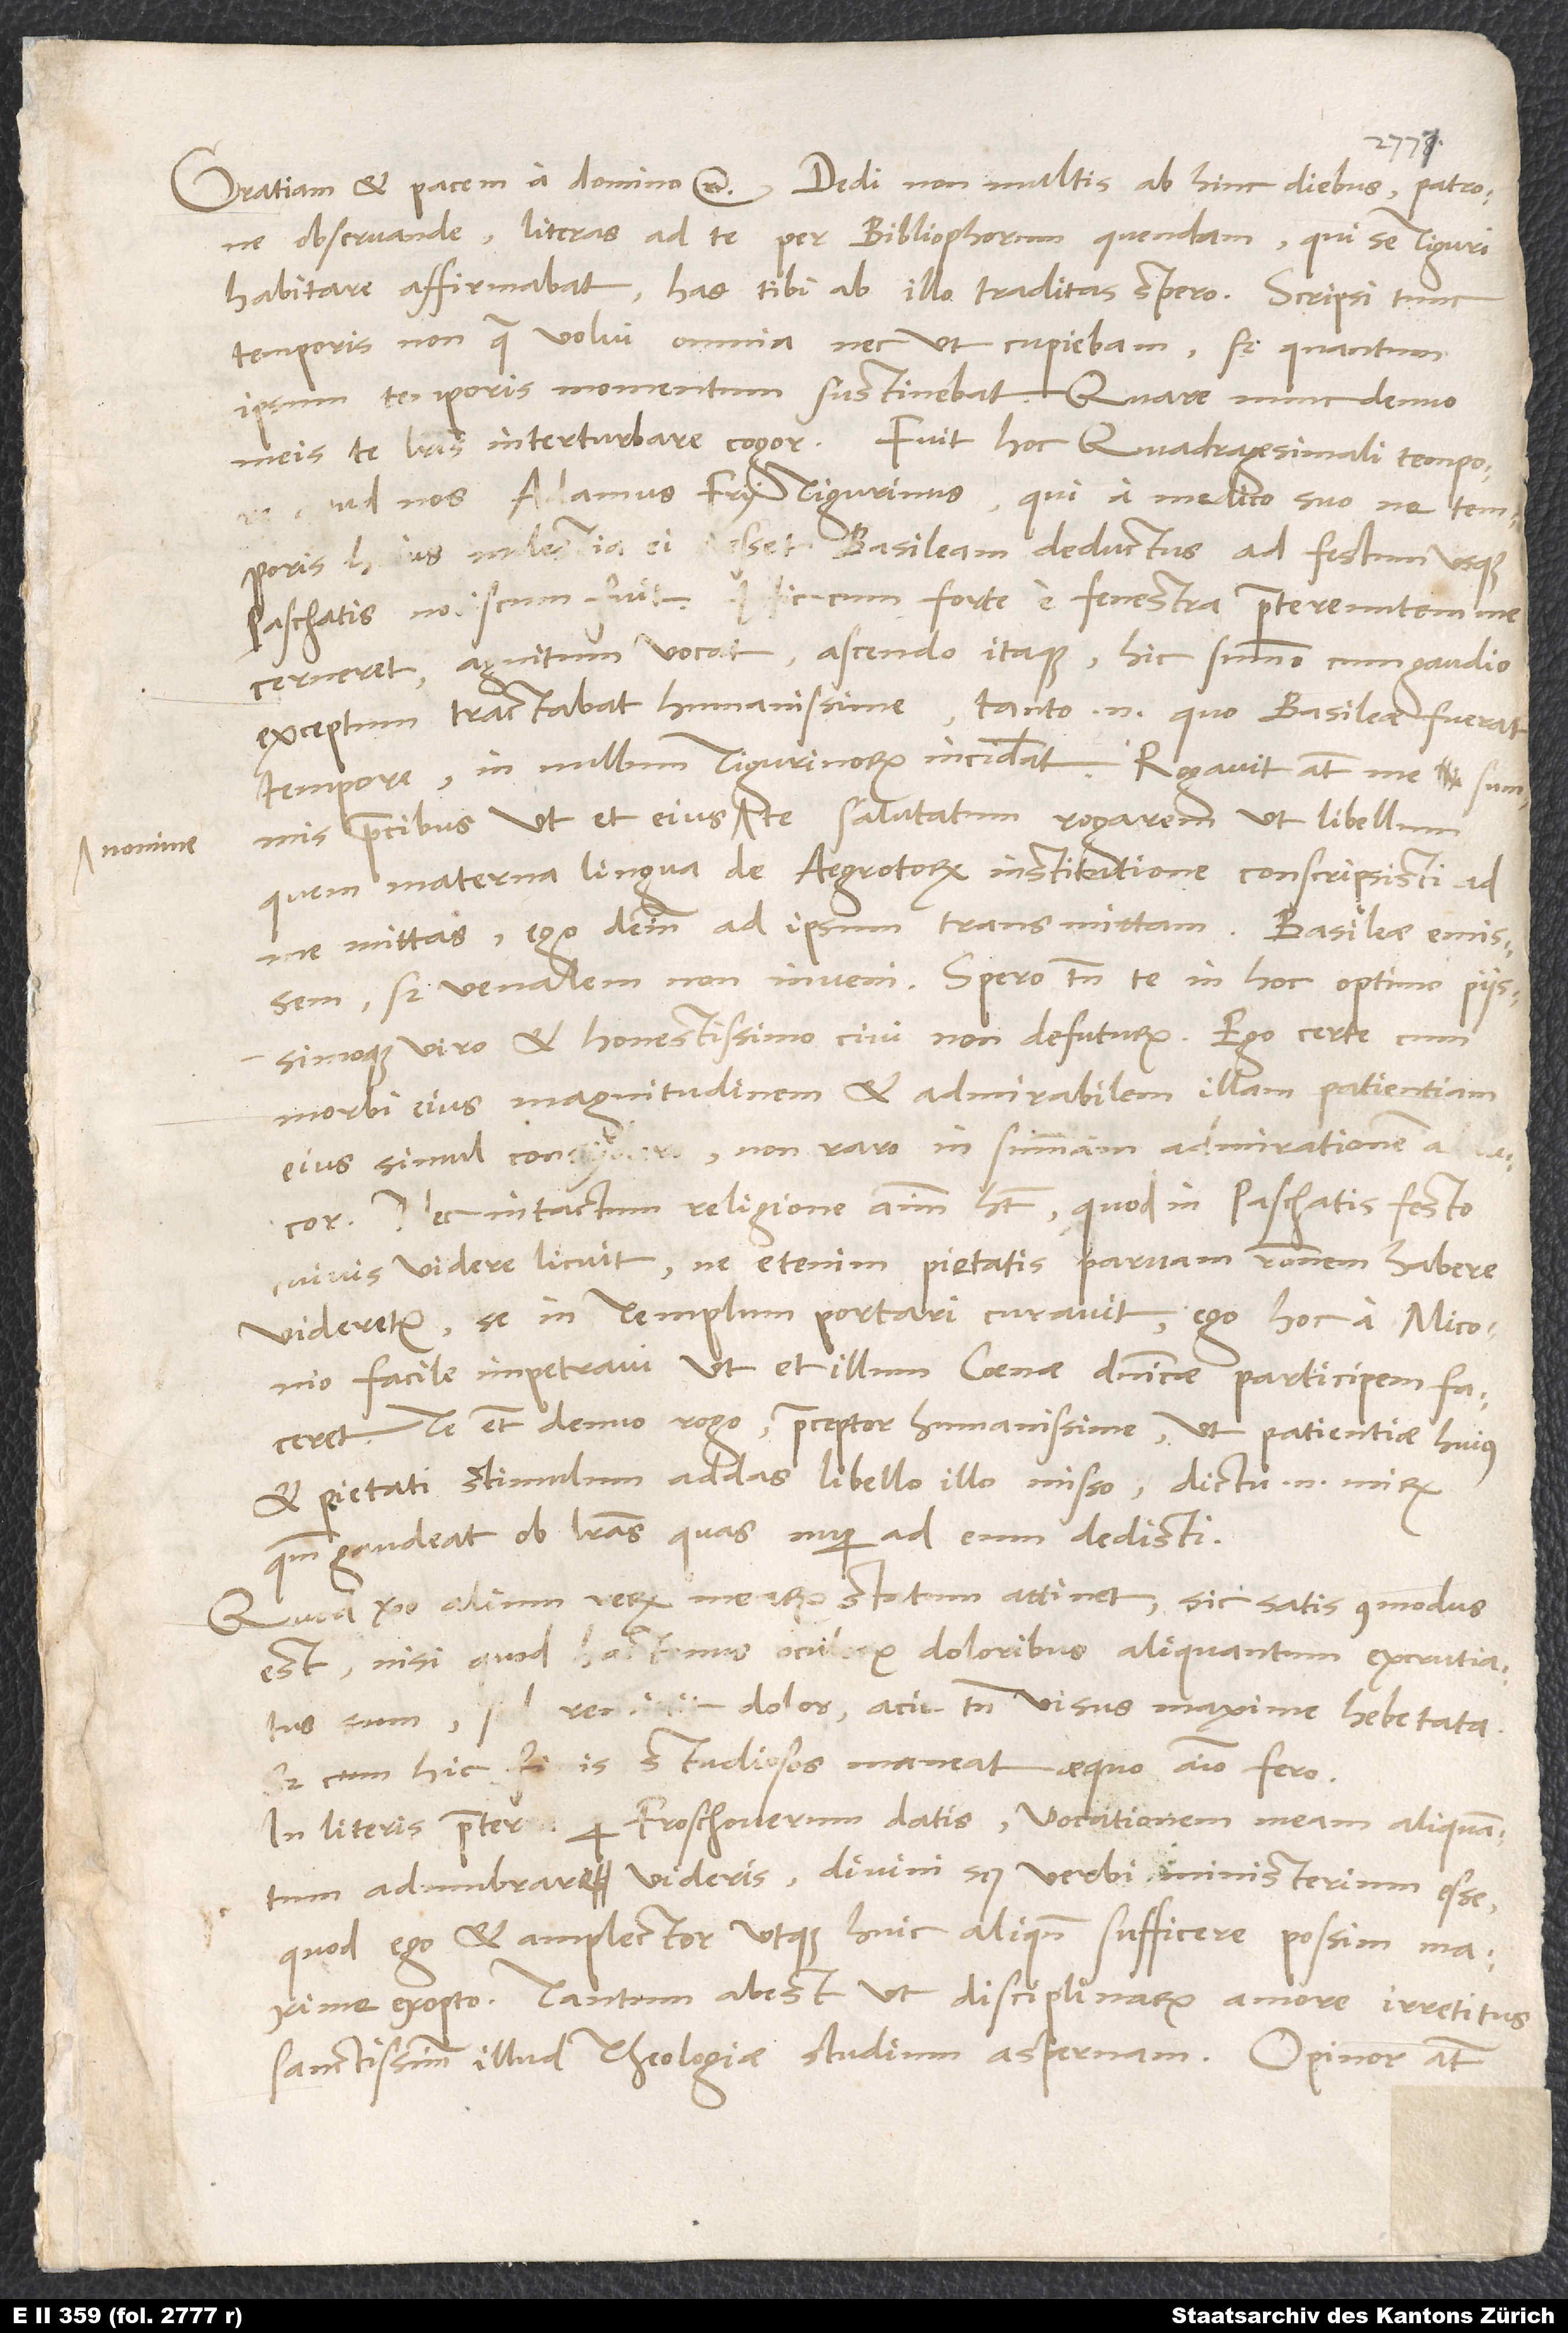
nomine

1539.
observande, literas ad te per bibliophorum quendam, qui se Tiguri
habitare affirmabat; has tibi ab illo traditas spero. Scripsi tunc
temporis non, quae volui, omnia nec ut cupiebam, sed quantum
ipsum temporis momentum sustinebat. Quare nunc denuo
apud nos Adamus Fry Tigurinus, qui a medico suo, ne temporis
huius molestia ei obesset, Basileam deductus ad festum usque
paschatis nobiscum fuit. Hic cum forte e fenestra praetereuntem me
cerneret, agnitum vocat. Ascendo itaque. Hic summo cum gaudio
exceptum tractabat humanissime; tanto enim, quo Basileae fuerat,
tempore in nullum Tigurinorum inciderat. Rogavit autem me summis
precibus, ut et eius nomine te salutatum rogarem, ut libellum,
quem materna lingua de aegrotorum institutione conscripsisti, ad
me mittas; ego deinde ad ipsum transmittam. Basileae emissem,
sed venalem non inveni. Spero tamen te in hoc optimo piissimoque
viro et honestissimo civi non defuturum. Ego certe, cum
morbi eius magnitudinem et admirabilem illam patientiam
eius simul consydero, non raro in summam admirationem abducor.
Nec intactum religione animum habet, quod in paschatis festo
cuivis videre licuit; ne etenim pietatis parvam rationem habere
facile impetravi, ut et illum coenae dominicae participem faceret.
Te etiam denuo rogo, praeceptor humanissime, ut patientiae huius
et pietati stimulum addas libello illo misso; dictu enim mirum,
quantum gaudeat ob literas, quas nuper ad eum dedisti.
Quod vero alium rerum mearum statum attinet, sic satis commodus
est, nisi quod hactenus oculorum doloribus aliquantum excrutiatus
sum; sed remisit dolor, acie tamen visus maxime hebetata.
Sed cum hic finis studiosos maneat, aequo animo fero.
In literis praeterea per Froschouerum datis vocationem meam aliquantum
adumbrare videris, divini scilicet verbi ministerium esse,
quod ego et amplector utque huic aliquando sufficere possim maxime
exopto. Tantum abest, ut disciplinarum amore irretitus
sanctissimum illud theologiae studium aspernam. Opinor autem